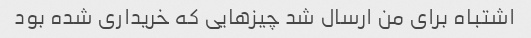
اشتباه برای من ارسال شد چیزهایی که خریداری شده بود